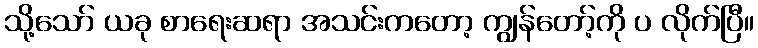
သို့သော် ယခု စာရေးဆရာ အသင်းကတော့ ကျွန်တော့်ကို ပ လိုက်ပြီ။